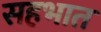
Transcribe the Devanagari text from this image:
सहभात